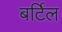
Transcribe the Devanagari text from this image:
बर्टिल